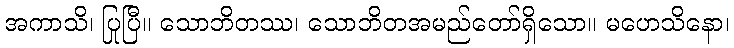
အကာသိ၊ ပြုပြီ။ သောဘိတဿ၊ သောဘိတအမည်တော်ရှိသော။ မဟေသိနော၊